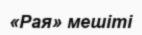
«Рая» мешіті